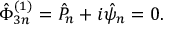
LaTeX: \hat { \Phi } _ { 3 n } ^ { ( 1 ) } = \hat { P } _ { n } + i \hat { \psi } _ { n } = 0 .